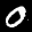
Label: 0